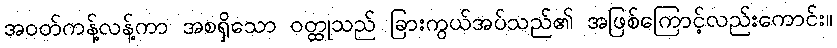
အဝတ်ကန့်လန့်ကာ အစရှိသော ဝတ္ထုသည် ခြားကွယ်အပ်သည်၏ အဖြစ်ကြောင့်လည်းကောင်း။